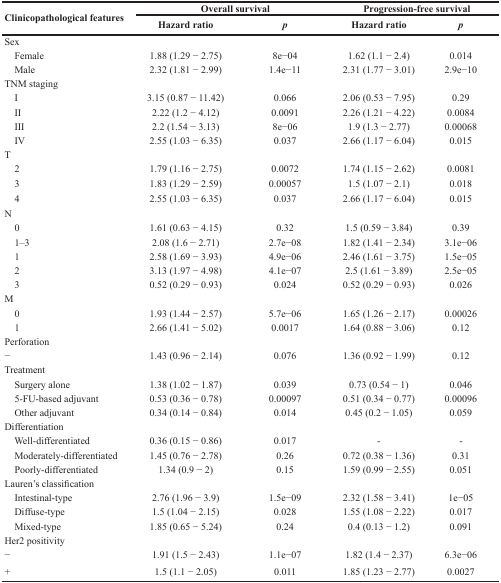
<table><thead><tr><td rowspan="2"><b>Clinicopathological features</b></td><td colspan="2"><b>Overall survival</b></td><td colspan="2"><b>Progression-free survival</b></td></tr><tr><td><b>Hazard ratio</b></td><td><b><i>p</i></b></td><td><b>Hazard ratio</b></td><td><b><i>p</i></b></td></tr></thead><tbody><tr><td>Sex</td><td></td><td></td><td></td><td></td></tr><tr><td> Female</td><td>1.88 (1.29 − 2.75)</td><td>8e−04</td><td>1.62 (1.1 − 2.4)</td><td>0.014</td></tr><tr><td> Male</td><td>2.32 (1.81 − 2.99)</td><td>1.4e−11</td><td>2.31 (1.77 − 3.01)</td><td>2.9e−10</td></tr><tr><td>TNM staging</td><td></td><td></td><td></td><td></td></tr><tr><td> I</td><td>3.15 (0.87 − 11.42)</td><td>0.066</td><td>2.06 (0.53 − 7.95)</td><td>0.29</td></tr><tr><td> II</td><td>2.22 (1.2 − 4.12)</td><td>0.0091</td><td>2.26 (1.21 − 4.22)</td><td>0.0084</td></tr><tr><td> III</td><td>2.2 (1.54 − 3.13)</td><td>8e−06</td><td>1.9 (1.3 − 2.77)</td><td>0.00068</td></tr><tr><td> IV</td><td>2.55 (1.03 − 6.35)</td><td>0.037</td><td>2.66 (1.17 − 6.04)</td><td>0.015</td></tr><tr><td>T</td><td></td><td></td><td></td><td></td></tr><tr><td> 2</td><td>1.79 (1.16 − 2.75)</td><td>0.0072</td><td>1.74 (1.15 − 2.62)</td><td>0.0081</td></tr><tr><td> 3</td><td>1.83 (1.29 − 2.59)</td><td>0.00057</td><td>1.5 (1.07 − 2.1)</td><td>0.018</td></tr><tr><td> 4</td><td>2.55 (1.03 − 6.35)</td><td>0.037</td><td>2.66 (1.17 − 6.04)</td><td>0.015</td></tr><tr><td>N</td><td></td><td></td><td></td><td></td></tr><tr><td> 0</td><td>1.61 (0.63 − 4.15)</td><td>0.32</td><td>1.5 (0.59 − 3.84)</td><td>0.39</td></tr><tr><td> 1–3</td><td>2.08 (1.6 − 2.71)</td><td>2.7e−08</td><td>1.82 (1.41 − 2.34)</td><td>3.1e−06</td></tr><tr><td> 1</td><td>2.58 (1.69 − 3.93)</td><td>4.9e−06</td><td>2.46 (1.61 − 3.75)</td><td>1.5e−05</td></tr><tr><td> 2</td><td>3.13 (1.97 − 4.98)</td><td>4.1e−07</td><td>2.5 (1.61 − 3.89)</td><td>2.5e−05</td></tr><tr><td> 3</td><td>0.52 (0.29 − 0.93)</td><td>0.024</td><td>0.52 (0.29 − 0.93)</td><td>0.026</td></tr><tr><td>M</td><td></td><td></td><td></td><td></td></tr><tr><td> 0</td><td>1.93 (1.44 − 2.57)</td><td>5.7e−06</td><td>1.65 (1.26 − 2.17)</td><td>0.00026</td></tr><tr><td> 1</td><td>2.66 (1.41 − 5.02)</td><td>0.0017</td><td>1.64 (0.88 − 3.06)</td><td>0.12</td></tr><tr><td>Perforation</td><td></td><td></td><td></td><td></td></tr><tr><td>−</td><td>1.43 (0.96 − 2.14)</td><td>0.076</td><td>1.36 (0.92 − 1.99)</td><td>0.12</td></tr><tr><td>Treatment</td><td></td><td></td><td></td><td></td></tr><tr><td> Surgery alone</td><td>1.38 (1.02 − 1.87)</td><td>0.039</td><td>0.73 (0.54 − 1)</td><td>0.046</td></tr><tr><td> 5-FU-based adjuvant</td><td>0.53 (0.36 − 0.78)</td><td>0.00097</td><td>0.51 (0.34 − 0.77)</td><td>0.00096</td></tr><tr><td> Other adjuvant</td><td>0.34 (0.14 − 0.84)</td><td>0.014</td><td>0.45 (0.2 − 1.05)</td><td>0.059</td></tr><tr><td>Differentiation</td><td></td><td></td><td></td><td></td></tr><tr><td> Well-differentiated</td><td>0.36 (0.15 − 0.86)</td><td>0.017</td><td>-</td><td>-</td></tr><tr><td> Moderately-differentiated</td><td>1.45 (0.76 − 2.78)</td><td>0.26</td><td>0.72 (0.38 − 1.36)</td><td>0.31</td></tr><tr><td> Poorly-differentiated</td><td>1.34 (0.9 − 2)</td><td>0.15</td><td>1.59 (0.99 − 2.55)</td><td>0.051</td></tr><tr><td>Lauren&#x27;s classification</td><td></td><td></td><td></td><td></td></tr><tr><td> Intestinal-type</td><td>2.76 (1.96 − 3.9)</td><td>1.5e−09</td><td>2.32 (1.58 − 3.41)</td><td>1e−05</td></tr><tr><td> Diffuse-type</td><td>1.5 (1.04 − 2.15)</td><td>0.028</td><td>1.55 (1.08 − 2.22)</td><td>0.017</td></tr><tr><td> Mixed-type</td><td>1.85 (0.65 − 5.24)</td><td>0.24</td><td>0.4 (0.13 − 1.2)</td><td>0.091</td></tr><tr><td>Her2 positivity</td><td></td><td></td><td></td><td></td></tr><tr><td>−</td><td>1.91 (1.5 − 2.43)</td><td>1.1e−07</td><td>1.82 (1.4 − 2.37)</td><td>6.3e−06</td></tr><tr><td>+</td><td>1.5 (1.1 − 2.05)</td><td>0.011</td><td>1.85 (1.23 − 2.77)</td><td>0.0027</td></tr></tbody></table>